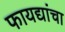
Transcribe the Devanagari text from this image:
फायद्यांचा